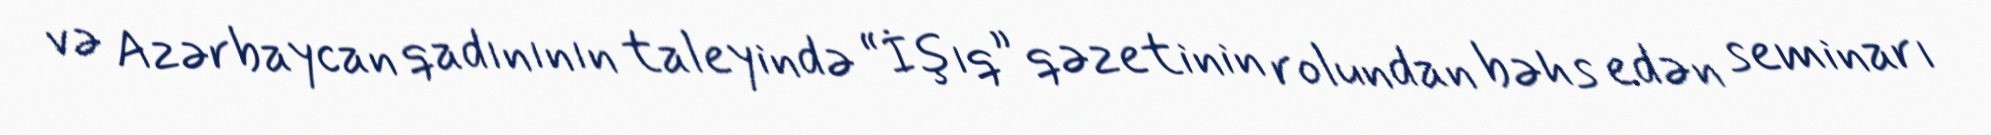
və Azərbaycan qadınının taleyində “İşıq” qəzetinin rolundan bəhs edən seminarı